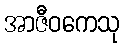
အာဇီဝကေသု